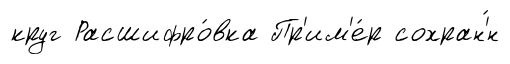
круг Расшифро́вка Пр'им'е́р сохран'́н